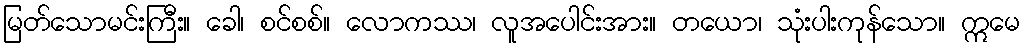
မြတ်သောမင်းကြီး။ ခေါ၊ စင်စစ်။ လောကဿ၊ လူအပေါင်းအား။ တယော၊ သုံးပါးကုန်သော။ ဣမေ